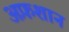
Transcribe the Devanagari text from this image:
अफ़शान